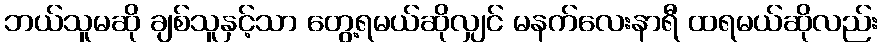
ဘယ်သူမဆို ချစ်သူနှင့်သာ တွေ့ရမယ်ဆိုလျှင် မနက်လေးနာရီ ထရမယ်ဆိုလည်း